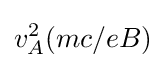
v_{A}^{2}(mc/eB)